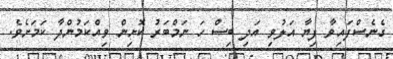
ގެނެސްފައިވާ ފިޔާ އަލުވި އަދި ބިސް ހަ ނަމްބަރު ކޮށިން ވިއްކަމުންދާ ކަމަށެވެ.